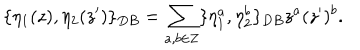
\{ \eta _ { 1 } ( z ) , \eta _ { 2 } ( z ^ { \prime } ) \} _ { D B } = \sum _ { a , b \in { \bf Z } } \{ \eta _ { 1 } ^ { a } , \eta _ { 2 } ^ { b } \} _ { D B } z ^ { a } ( z ^ { \prime } ) ^ { b } .